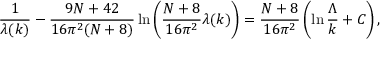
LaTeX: \frac { 1 } { \lambda ( k ) } - \frac { 9 N + 4 2 } { 1 6 \pi ^ { 2 } ( N + 8 ) } \ln \left( \frac { N + 8 } { 1 6 \pi ^ { 2 } } \lambda ( k ) \right) = \frac { N + 8 } { 1 6 \pi ^ { 2 } } \left( \ln \frac { \Lambda } { k } + C \right) ,